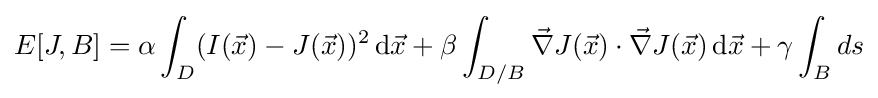
E[J,B]=\alpha \int _{D}(I({\vec {x}})-J({\vec {x}}))^{2}\,\mathrm {d} {\vec {x}}+\beta \int _{D/B}{\vec {\nabla }}J({\vec {x}})\cdot {\vec {\nabla }}J({\vec {x}})\,\mathrm {d} {\vec {x}}+\gamma \int _{B}ds